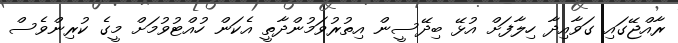
ރާއްޖޭގައި ގަވާއިދާ ހިލާފަށް އުޅޭ ބިދޭސީން އިތުރުވަމުންދާތީ އެކަން ހުއްޓުވުމަށް މީގެ ކުރިންވެސް